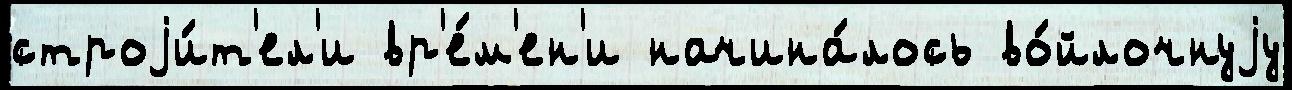
строjи́т'ел'и вр'е́м'ен'и начина́лось во́йлочнуjу